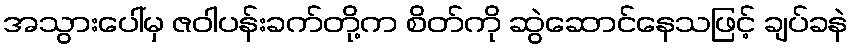
အသွားပေါ်မှ ဇဝါပန်းခက်တို့က စိတ်ကို ဆွဲဆောင်နေသဖြင့် ချပ်ခနဲ